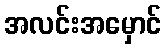
အလင်းအမှောင်